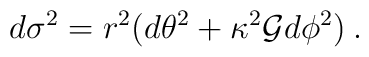
d \sigma^2 = r^2{\bigl (} d\theta^2 + \kappa^2{\cal{G}}d\phi^2{\bigr )}\:.